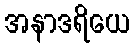
အနာဒရိယေ